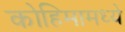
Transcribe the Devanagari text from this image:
कोहिमामध्ये